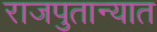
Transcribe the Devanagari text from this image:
राजपुतान्यात